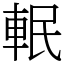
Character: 䡑